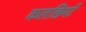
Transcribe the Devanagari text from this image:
कलछियाँ